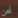
نحن